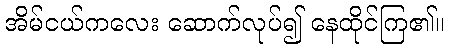
အိမ်ငယ်ကလေး ဆောက်လုပ်၍ နေထိုင်ကြ၏။